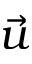
\vec { u }